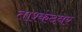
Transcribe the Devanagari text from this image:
ताश्कंदवर